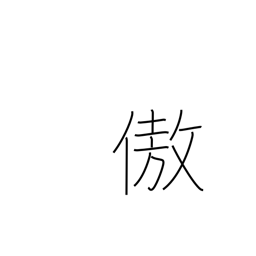
Meaning: be proud